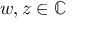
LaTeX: w , z \in \mathbb { C }